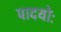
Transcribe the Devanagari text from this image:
पादयोः